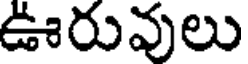
ఊరువులు